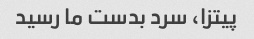
پیتزا، سرد بدست ما رسید